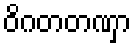
ဝိဂတတဏှာ